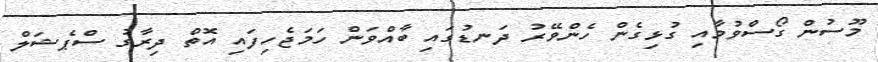
މޫސުން ގޯސްވުމާއި ގުޅިގެން ހެންވޭރު ދަނޑުގައި ބާއްވަން ހަމަޖެހިފައި އޮތް ދިރާގު ސްޕެޝަލް